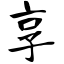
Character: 享